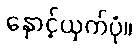
နှောင့်ယှက်ပုံ။